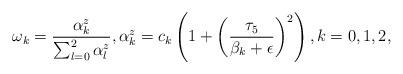
LaTeX: \begin{align*}\omega_k=\frac{\alpha_k^z}{\sum_{l=0}^2\alpha_l^z},\alpha_k^z=c_k\left(1+\left(\frac{\tau_5}{\beta_k+\epsilon}\right)^2\right), k=0,1,2,\end{align*}